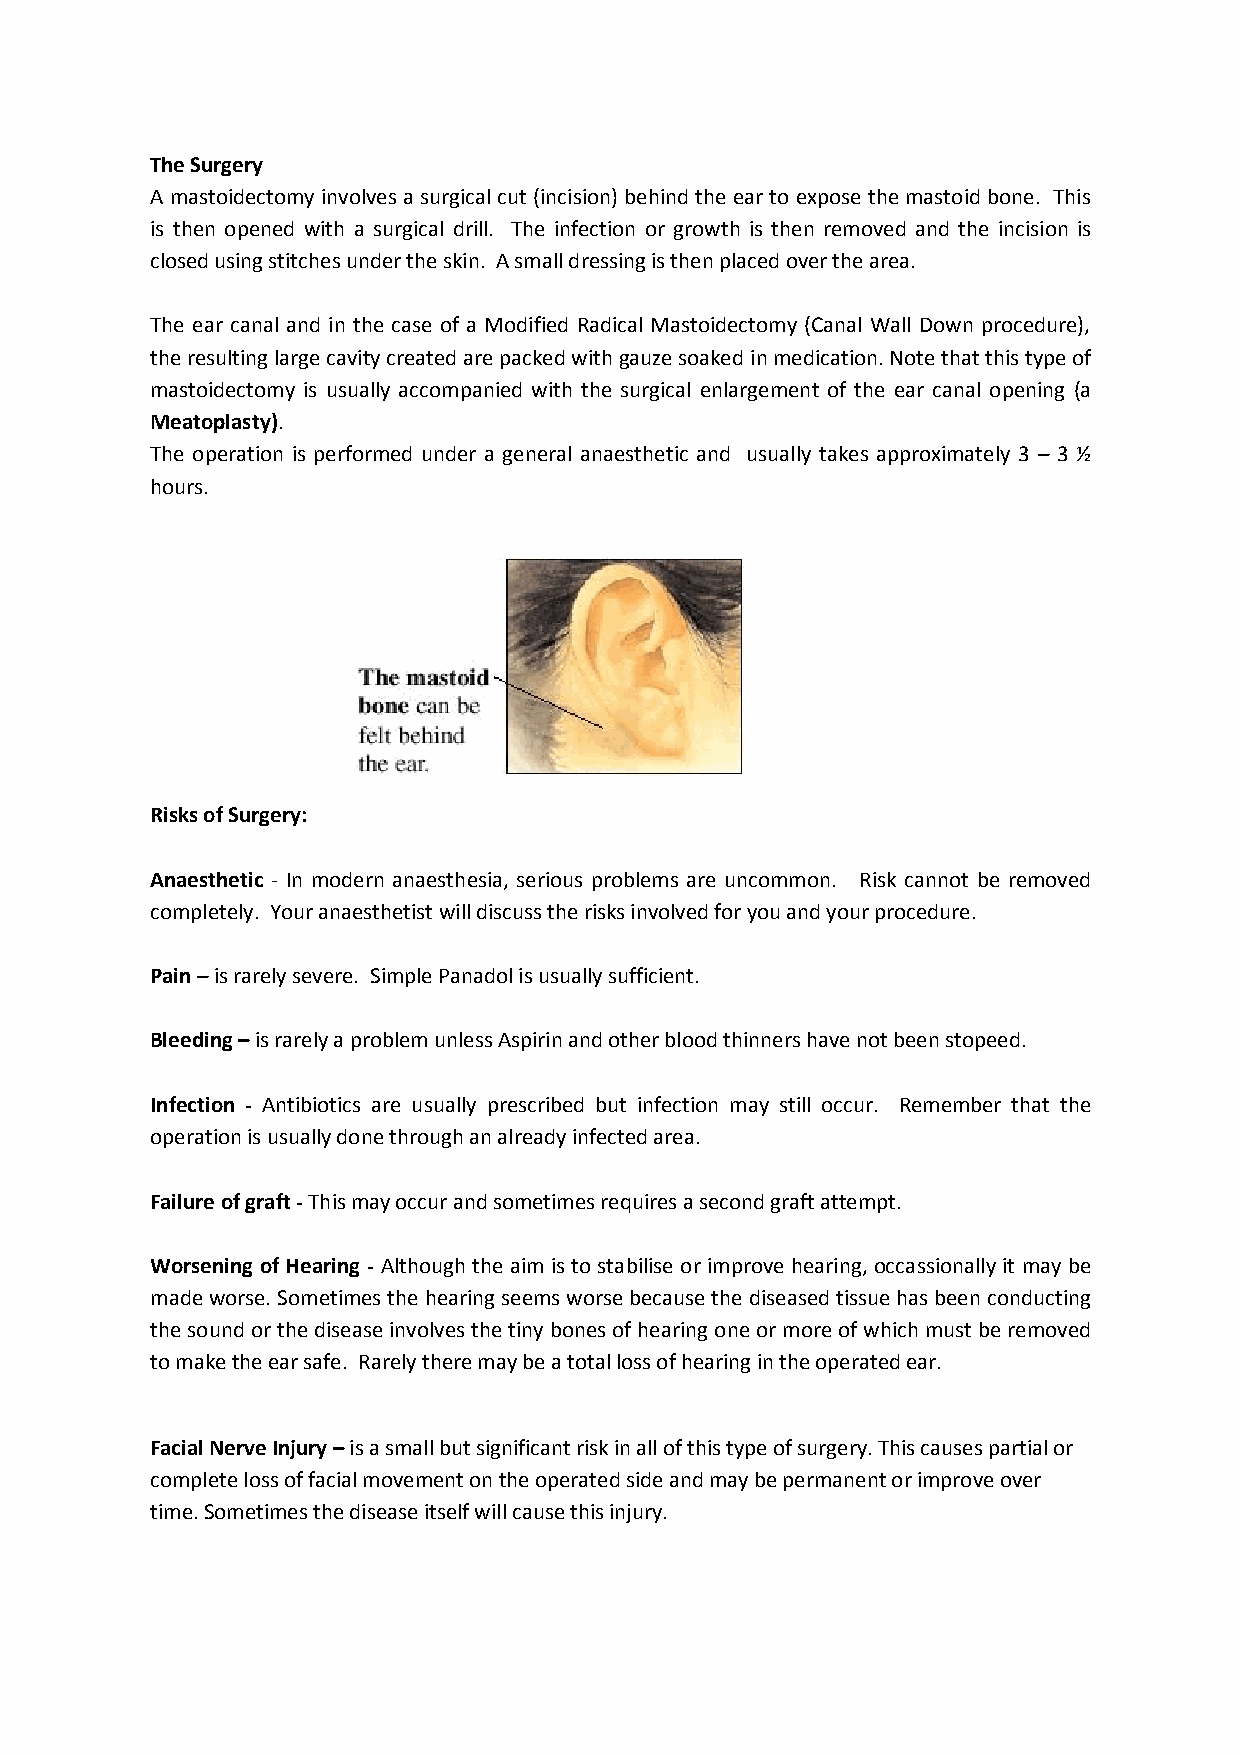
The Surgery
 A mastoidectomy involves a surgical cut (incision) behind the ear to expose the mastoid bone. This
 is then opened with a surgical drill. The infection or growth is then removed and the incision is
 closed using stitches under the skin. A small dressing is then placed over the area.
 The ear canal and in the case of a Modified Radical Mastoidectomy (Canal Wall Down procedure),
 the resulting large cavity created are packed with gauze soaked in medication. Note that this type of
 mastoidectomy is usually accompanied with the surgical enlargement of the ear canal opening (a
 Meatoplasty).
 The operation is performed under a general anaesthetic and usually takes approximately 3 – 3 ½
 hours.
 Risks of Surgery:
 Anaesthetic - In modern anaesthesia, serious problems are uncommon. Risk cannot be removed
 completely. Your anaesthetist will discuss the risks involved for you and your procedure.
 Pain – is rarely severe. Simple Panadol is usually sufficient.
 Bleeding – is rarely a problem unless Aspirin and other blood thinners have not been stopeed.
 Infection - Antibiotics are usually prescribed but infection may still occur. Remember that the
 operation is usually done through an already infected area.
 Failure of graft - This may occur and sometimes requires a second graft attempt.
 Worsening of Hearing - Although the aim is to stabilise or improve hearing, occassionally it may be
 made worse. Sometimes the hearing seems worse because the diseased tissue has been conducting
 the sound or the disease involves the tiny bones of hearing one or more of which must be removed
 to make the ear safe. Rarely there may be a total loss of hearing in the operated ear.
 Facial Nerve Injury – is a small but significant risk in all of this type of surgery. This causes partial or
 complete loss of facial movement on the operated side and may be permanent or improve over
 time. Sometimes the disease itself will cause this injury.